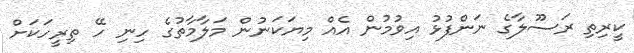
ކީރިތި ރަސޫލާގެ ނަންފުޅު އިވުމުން އެއް މިޔަކަނުން މަލާމާތުގެ ހިނި ހޭ ތިރީހަކަށް